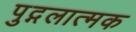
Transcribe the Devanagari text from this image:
पुद्गलात्मक